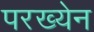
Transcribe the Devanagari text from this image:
परख्येन